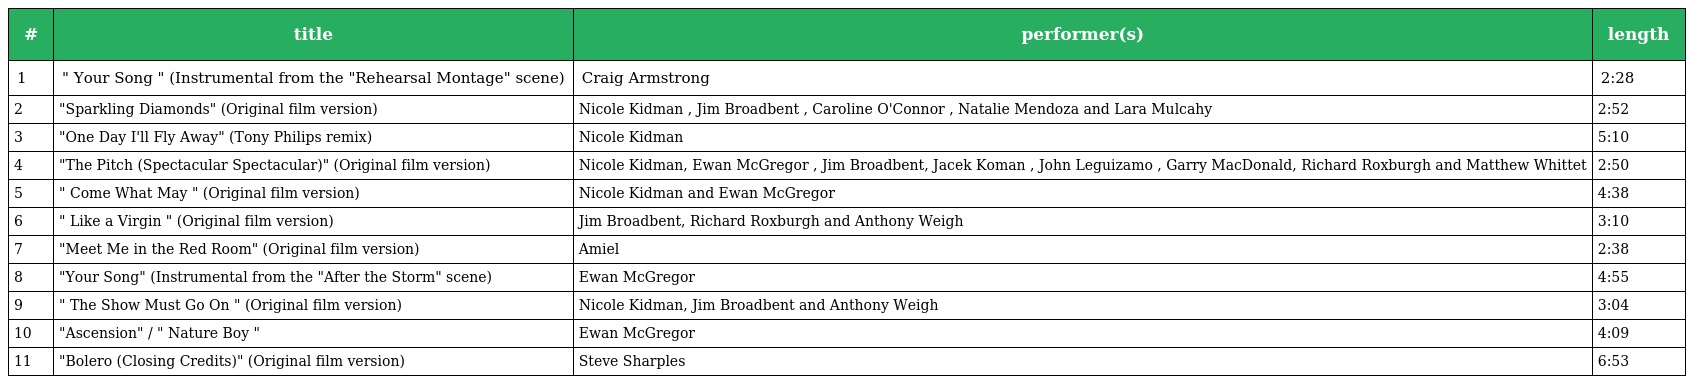
| # | title | performer(s) | length |
 | --- | --- | --- | --- |
 | 1 | " Your Song " (Instrumental from the "Rehearsal Montage" scene) | Craig Armstrong | 2:28 |
 | 2 | "Sparkling Diamonds" (Original film version) | Nicole Kidman , Jim Broadbent , Caroline O'Connor , Natalie Mendoza and Lara Mulcahy | 2:52 |
 | 3 | "One Day I'll Fly Away" (Tony Philips remix) | Nicole Kidman | 5:10 |
 | 4 | "The Pitch (Spectacular Spectacular)" (Original film version) | Nicole Kidman, Ewan McGregor , Jim Broadbent, Jacek Koman , John Leguizamo , Garry MacDonald, Richard Roxburgh and Matthew Whittet | 2:50 |
 | 5 | " Come What May " (Original film version) | Nicole Kidman and Ewan McGregor | 4:38 |
 | 6 | " Like a Virgin " (Original film version) | Jim Broadbent, Richard Roxburgh and Anthony Weigh | 3:10 |
 | 7 | "Meet Me in the Red Room" (Original film version) | Amiel | 2:38 |
 | 8 | "Your Song" (Instrumental from the "After the Storm" scene) | Ewan McGregor | 4:55 |
 | 9 | " The Show Must Go On " (Original film version) | Nicole Kidman, Jim Broadbent and Anthony Weigh | 3:04 |
 | 10 | "Ascension" / " Nature Boy " | Ewan McGregor | 4:09 |
 | 11 | "Bolero (Closing Credits)" (Original film version) | Steve Sharples | 6:53 |